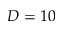
D = 1 0